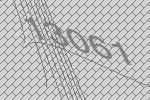
13061